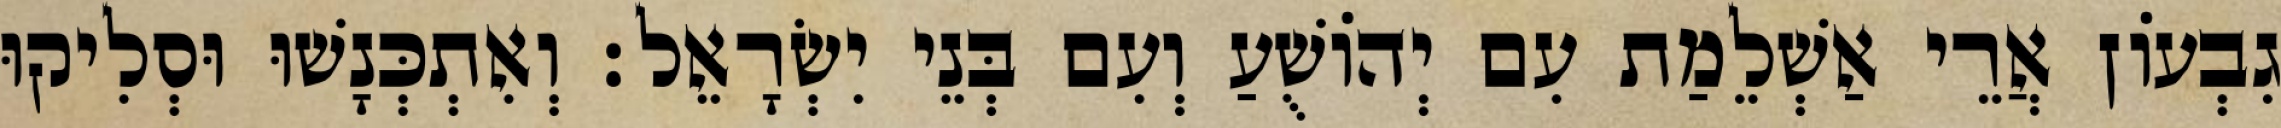
גִבְעוֹן אֲרֵי אַשְׁלֵמַת עִם יְהוֹשֻׁעַ וְעִם בְּנֵי יִשְׂרָאֵל׃ וְאִתְכְּנָשׁוּ וּסְלִיקוּ